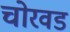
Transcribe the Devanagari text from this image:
चोरवड